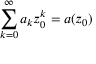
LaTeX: \sum _ { k = 0 } ^ { \infty } a _ { k } z _ { 0 } ^ { k } = a ( z _ { 0 } )